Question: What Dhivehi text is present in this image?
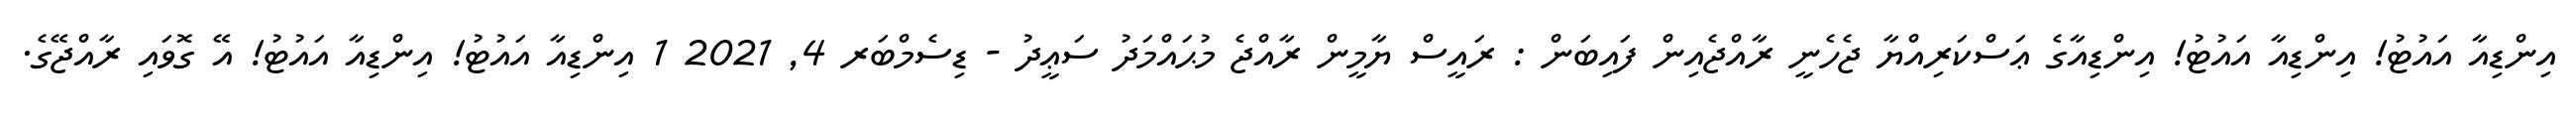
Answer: އިންޑިއާ އައުޓު! އިންޑިއާ އައުޓު! އިންޑިއާގެ ޢަސްކަރިއްޔާ ޖެހެނީ ރާއްޖެއިން ފައިބަން : ރައީސް ޔާމީން ރާއްޖެ މުޙައްމަދު ސަޢީދު - ޑިސެމްބަރ 4, 2021 1 އިންޑިއާ އައުޓު! އިންޑިއާ އައުޓު! އޭ ގޮވައި ރާއްޖޭގެ.